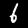
Label: 6